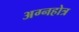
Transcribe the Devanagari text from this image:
अग्नहोत्र